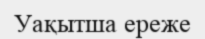
Уақытша ереже